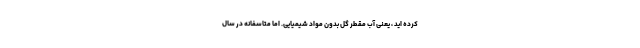
کرده اید ، یعنی آب مقطر گل بدون مواد شیمیایی. اما متاسفانه در سال